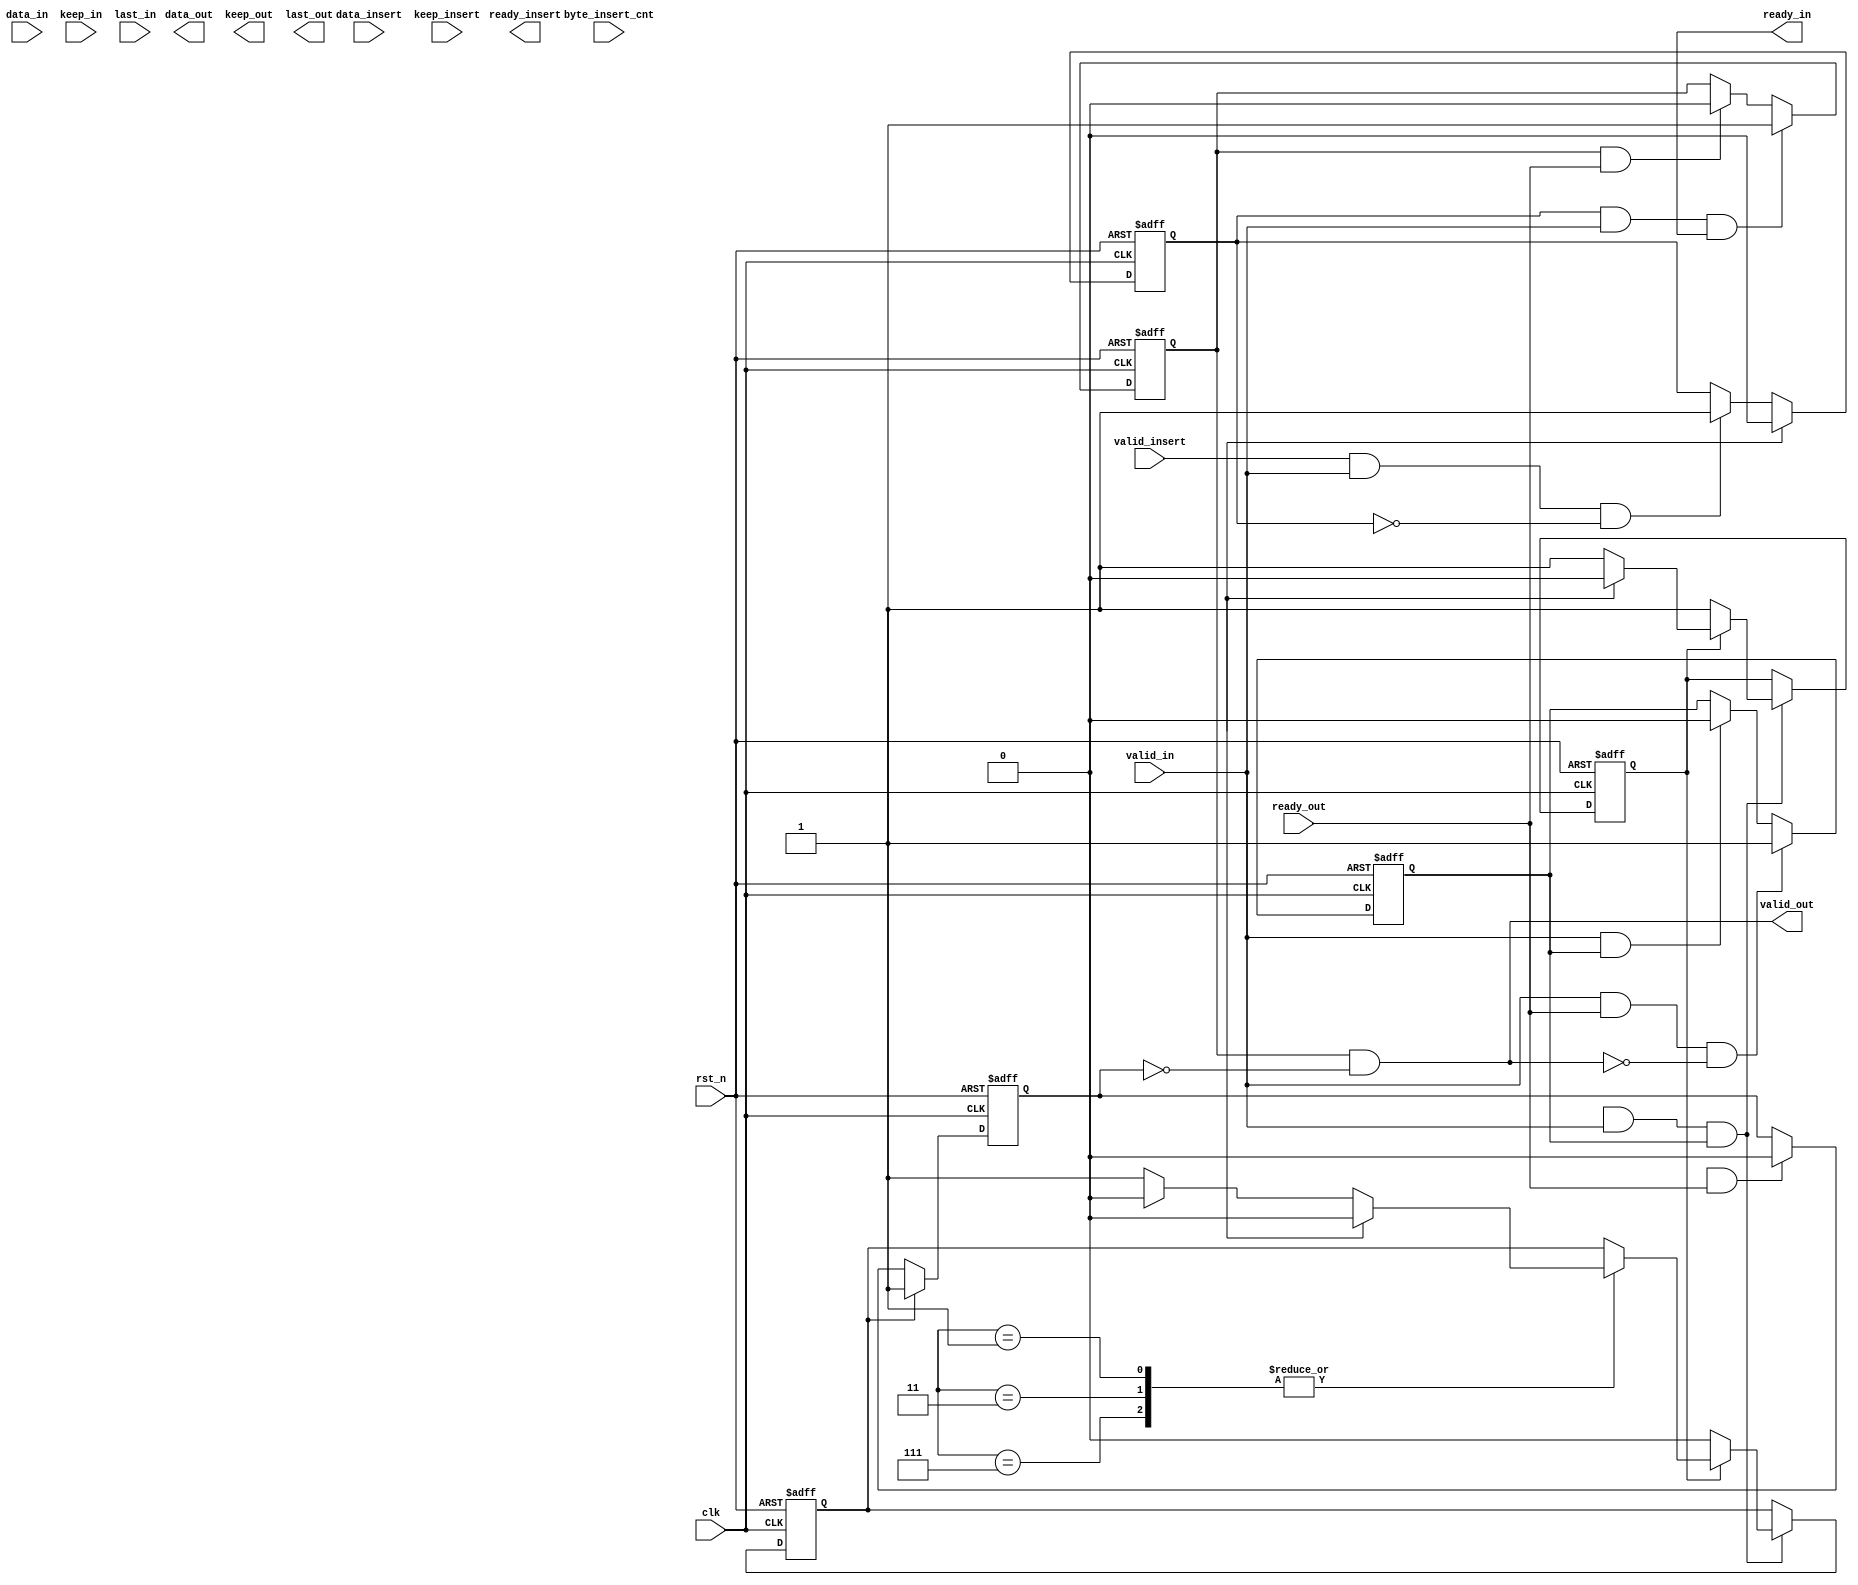
module axi_stream_insert_header #(
    parameter DATA_WD = 32,
    parameter DATA_BYTE_WD = DATA_WD / 8,
    parameter BYTE_CNT_WD = $clog2(DATA_BYTE_WD)
) (
    input                       clk,
    input                       rst_n,
    // AXI Stream input original data
    input                       valid_in,
    input [DATA_WD-1 : 0]       data_in,
    input [DATA_BYTE_WD-1 : 0]  keep_in,
    input                       last_in,
    output                      ready_in,
    // AXI Stream output with header inserted
    output                       valid_out      ,
    output  [DATA_WD-1 : 0]      data_out       ,
    output  [DATA_BYTE_WD-1 : 0] keep_out       ,
    output                       last_out       ,
    input                        ready_out      ,
    // The header to be inserted to AXI Stream input
    input                        valid_insert   ,
    input [DATA_WD-1 : 0]        data_insert    ,
    input [DATA_BYTE_WD-1 : 0]   keep_insert    ,
    input [BYTE_CNT_WD-1 : 0]    byte_insert_cnt,
    output                       ready_insert
); 
reg                     frame_start_flag ;
reg [DATA_WD-1:0]       dff0_data_insert ;
reg [DATA_BYTE_WD-1:0]  dff0_keep_insert ;
wire w_valid_out ;
//----------------------------------------------------//
// reg
//----------------------------------------------------//
reg                         r_frame_n                 ;
reg                         r_insert_data_comb_frame_n;

reg [DATA_WD-1:0]           r_ori_data_comb   ;
reg [DATA_BYTE_WD-1:0]      r_ori_first_keep  ;
reg [DATA_BYTE_WD-1:0]      r_keep_in         ;
reg [DATA_WD-1:0]           r_data_in_dff     ;

reg [DATA_WD-1:0]           r_data_insert     ;
reg [DATA_BYTE_WD-1:0]      r_keep_insert     ;

reg                         r_valid_out       ;

reg  [DATA_WD-1 : 0]        r_data_comb       ;

reg                         r_ready_insert    ;
//keep_out dff
reg [DATA_BYTE_WD-1:0]      r_ori_keep_comb   ;
reg [DATA_BYTE_WD-1:0]      r_ori_keep_comb_temp  ;
reg [DATA_BYTE_WD-1:0]      r_insert_keep_dff ;
reg [DATA_BYTE_WD-1:0]      r_keep_comb       ;

reg [9:0] pipe_cnt ; 
reg                         r_data_para_done_flag  ; 
reg                         r_insert_done_flag     ;
reg                         frame_finish_flag ;
reg                         r_ori_keep_dff_empty_flag ;
reg dff_3 ;
reg [DATA_BYTE_WD-1:0] r_ori_keep_ckc;
reg r_keep_dff_empty_flag ; 


//-----------------------------------------//
reg [DATA_BYTE_WD-1:0]      r_ori_keep_dff ;
reg [DATA_WD-1:0]           r_ori_data_dff ;
reg                         r_ori_last_dff ;
//----------------------------------------------------//
// wire
//----------------------------------------------------//
wire                       w_valid_in       ;
wire [DATA_WD-1 : 0]       w_data_in        ;
wire [DATA_BYTE_WD-1 : 0]  w_keep_in        ;
wire                       w_last_in        ;
wire                       w_ready_in       ;
reg r_ready_in  ;
    
wire                       w_valid_insert   ;
wire  [DATA_WD-1 : 0]      w_data_insert    ;
wire  [DATA_BYTE_WD-1 : 0] w_keep_insert    ;
wire  [BYTE_CNT_WD-1 : 0]  w_byte_insert_cnt;
wire                       w_ready_insert   ;

wire                       stop_pipe_line_flag ;
wire                       w_ori_data_comb_frame_n   ; 
reg frame_start_ready_flag ;
reg                     start_fisrt_flag,keep_goon_flag; 
always @(posedge clk or negedge rst_n) begin
    if (!rst_n) begin
        frame_start_ready_flag <= 1'b0 ;
    end 
    else if (r_ori_last_dff) begin
        frame_start_ready_flag <= 1'b0 ;
    end
    else if(valid_insert && valid_in&&!frame_start_ready_flag) begin
        frame_start_ready_flag <= 1'b1 ;
    end  
    else begin
        frame_start_ready_flag <= frame_start_ready_flag ;
    end
end 


always @(posedge clk or negedge rst_n) begin
    if (!rst_n) begin 
        r_ready_in <= 1'b0 ;
    end 
    else if (valid_in&&ready_out&&!valid_out) begin 
        r_ready_in <= 1'b1 ;
    end 
    else if (valid_in&&r_ready_in) begin
        r_ready_in <= 1'b0 ;
    end 
    else begin
        r_ready_in <= r_ready_in ;
    end
end  

always @(posedge clk or negedge rst_n) begin
    if (!rst_n) begin
        r_valid_out <= 1'b0 ;
    end 
    else if (frame_start_ready_flag&&valid_in&&ready_in) begin
        r_valid_out <= 1'b1 ;
    end 
    else if (r_valid_out&&ready_out) begin
        r_valid_out <= 1'b0;
    end 
    else begin
        r_valid_out <= r_valid_out ;
    end
end


reg r_in_first_shake;
always @(posedge clk or negedge rst_n) begin
    if (!rst_n) begin
        r_in_first_shake <= 1'b0 ;
    end 
    else if (frame_start_ready_flag&&valid_in&&ready_in) begin
        r_in_first_shake <= 1'b1 ;
    end 
    else if (r_ori_last_dff) begin
        r_in_first_shake <= 1'b0 ;
    end 
    else begin
        r_in_first_shake <= r_in_first_shake ;
    end
end


always @(posedge clk or negedge rst_n) begin
    if (!rst_n) begin 

    end 
    else if (start_fisrt_flag || keep_goon_flag) begin

    end 
    else begin
               
    end
end 

always @(posedge clk or negedge rst_n) begin
    if (!rst_n) begin
        
    end
end


reg r_last_comb ,r_pre_last ;
always@(posedge clk or negedge rst_n)begin 
    if (!rst_n) begin 
        r_data_comb <= 'd0 ;
        r_keep_comb <= 'b0 ;
        r_last_comb <= 'b0 ;
        r_pre_last  <= 1'b0;
        r_insert_done_flag <= 1'b0 ;
    end  
    else if (frame_start_flag&&valid_in&&r_ready_in)begin  
        if (~r_insert_done_flag) begin   //TODO 
            case (r_keep_insert) 
               4'b1111: begin 
                       r_last_comb <= 1'b0 ;
                       r_data_comb <= r_data_insert ; 
                       r_keep_comb <= r_keep_insert ; 
               end 
               4'b0111: begin  
                       r_data_comb <= {r_data_insert[23:0],r_ori_data_comb[31:24]} ;
                       r_keep_comb <= {r_keep_insert[2:0],r_ori_keep_comb[3]} ; 
                       r_last_comb <=  1'b0 ; 
               end 
               4'b0011: begin 
                      r_data_comb <= {r_data_insert[15:0],r_ori_data_comb[31:16]} ;
                      r_keep_comb <= {r_keep_insert[1:0],r_ori_keep_comb[3:2]} ; 
                      r_last_comb <=  1'b0 ; 
               end 
               4'b0001:  begin 
                      r_data_comb <= {r_data_insert[7:0],r_ori_data_comb[31:8]} ;
                      r_keep_comb <= {r_keep_insert[0],r_ori_keep_comb[3:1]} ; 
                      r_last_comb <=  1'b0 ; 
               end 
               default: begin 
                   r_last_comb <= 1'b0 ;
                   r_data_comb <= r_data_insert ;
                   r_keep_comb <= r_keep_insert ; 
               end 
            endcase           
            r_insert_done_flag <= 1'b1 ;
            r_pre_last <=1'b0;
        end 
        else begin
            case (r_keep_insert) 
               4'b1111: begin 
                   r_last_comb <= r_ori_last_dff;
                   r_data_comb <= r_ori_data_dff; 
                   r_keep_comb <= r_ori_keep_dff; 
               end 
               4'b0111: begin 
                 if (r_ori_last_dff) begin
                     r_last_comb <=  r_ori_last_dff ;
                     r_data_comb <= {r_ori_data_dff[23:0],{8'hfe}};
                     r_keep_comb <= {r_ori_keep_dff[2:0] ,1'b0};
                     r_pre_last  <= 1'b0;
                 end 
                 else begin
                     r_last_comb <= r_ori_last_dff ;
                     r_data_comb <= {r_ori_data_dff[23:0],data_in[31:24]};
                     r_keep_comb <= {r_ori_keep_dff[2:0] ,keep_in[3]};
                     if (r_ori_keep_comb[0] == 1'b0) begin
                         r_pre_last <= 1'b1;
                     end 
                     else begin
                         r_pre_last <= 1'b0;
                     end
                 end
               end 
               4'b0011:  begin
                   if (r_ori_last_dff) begin
                       r_last_comb <= r_ori_last_dff ;
                       r_data_comb <= {r_ori_data_dff[15:0],{2{8'hfe}}};
                       r_keep_comb <= {r_ori_keep_dff[1:0] ,2'b0};   
                       r_pre_last  <=1'b0;
                   end 
                   else begin
                       r_last_comb <=  r_ori_last_dff ;
                       r_data_comb <= {r_ori_data_dff[15:0],data_in[31:16]};
                       r_keep_comb <= {r_ori_keep_dff[1:0] ,keep_in[3:2]};   
                       if (r_ori_keep_comb[0] == 1'b0) begin
                           r_pre_last <= 1'b1;
                       end 
                       else begin
                           r_pre_last <=1'b0;
                       end
                   end
               end 
               4'b0001:  begin 
                   if (r_ori_last_dff) begin
                       r_last_comb <=  r_ori_last_dff ;
                       r_data_comb <= {r_ori_data_dff[7:0],{3{8'hfe}}};
                       r_keep_comb <= {r_ori_keep_dff[0] ,3'b0};
                       r_pre_last  <=1'b0;
                   end 
                   else begin
                       r_last_comb <=  r_ori_last_dff ;
                       r_data_comb <= {r_ori_data_dff[7:0],data_in[31:8]};
                       r_keep_comb <= {r_ori_keep_dff[0]  ,keep_in[3:1]};   
                       if (r_ori_keep_comb[0] == 1'b0) begin
                           r_pre_last <= 1'b1;
                       end 
                       else begin
                           r_pre_last <= 1'b0 ;
                       end
                   end
               end
               default:  begin
                   r_last_comb <= r_ori_last_dff ;
                   r_data_comb <= r_ori_data_dff ; 
                   r_keep_comb <= r_ori_keep_dff ; 
               end 
            endcase 
            if (r_ori_last_dff) begin
                r_insert_done_flag <= 1'b0 ;
            end
        end 
    end 
end  
reg r_pre_last_work ;
always @(posedge clk or negedge rst_n) begin
    if (!rst_n) begin
        r_pre_last_work <= 1'b0 ;
    end 
    else if (r_pre_last) begin
        r_pre_last_work <= 1'b1 ;
    end 
    else if (w_valid_out&&ready_out)begin
        r_pre_last_work <= 1'b0 ;
    end 
    else begin
        r_pre_last_work <= r_pre_last_work;
    end
end

assign valid_out = r_valid_out && !r_pre_last_work;
endmodule